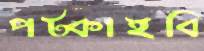
পট্‌কাইবি